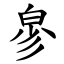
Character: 㣎